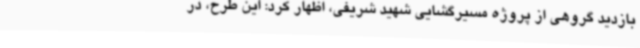
بازدید گروهی از پروژه مسیرگشایی شهید شریفی، اظهار کرد: این طرح، در